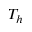
T _ { h }